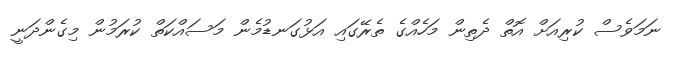
ނަމަވެސް ކުރިއަށް އޮތް ދެތިން މަހެއްގެ ތެރޭގައި އަޅުގަނޑުމެން މަސައްކަތް ކުރަމުން މިގެންދަނީ